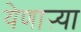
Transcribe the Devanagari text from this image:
येणाऱ्या